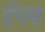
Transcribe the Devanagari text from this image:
ईपब